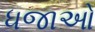
ધજાઓ